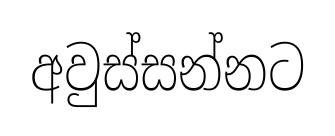
අවුස්සන්නට